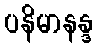
ပနိမာနန္ဒ